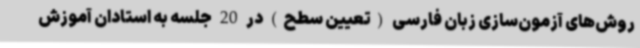
روش‌های آزمون‌سازی زبان فارسی (تعیین سطح) در 20 جلسه به استادان آموزش